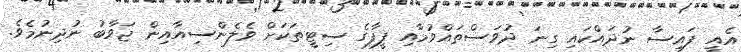
އެއީ ފައިސާ ނުދައްކައި ގިނަ ދުވަސްތައްވުމާއި ފީފާގެ ސިޓީތަކަށް ވެލެންސިއާއިން ޖަވާބު ނުދިނުމެވެ.